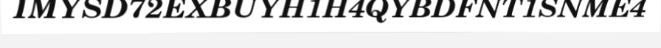
IMYSD72EXBUYH1H4QYBDFNT1SNME4